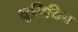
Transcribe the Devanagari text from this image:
यूलियिन